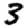
Digit: 3